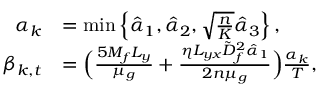
\begin{array} { r l } { \alpha _ { k } } & { = \operatorname* { m i n } \left\{ \hat { \alpha } _ { 1 } , \hat { \alpha } _ { 2 } , \sqrt { \frac { n } { K } } \hat { \alpha } _ { 3 } \right\} , } \\ { \beta _ { k , t } } & { = \Big ( \frac { 5 M _ { f } L _ { y } } { \mu _ { g } } + \frac { \eta L _ { y x } \tilde { D } _ { f } ^ { 2 } \hat { \alpha } _ { 1 } } { 2 n \mu _ { g } } \Big ) \frac { \alpha _ { k } } { T } , } \end{array}